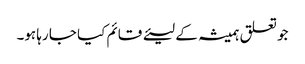
جو تعلق ہمیشہ کے لیئے قائم کیا جا رہا ہو۔